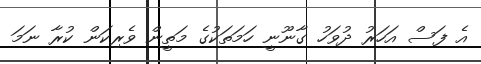
އެ ފަސް އަހަރު ދުވަހު ގާނޫނީ ހަމަތަކުގެ މަތީން ވެރިކަން ކުރާ ނަމަ